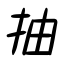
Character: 抽